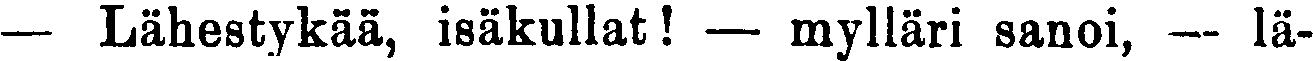
— Lähestykää, isäkullat! — mylläri sanoi, — lä-